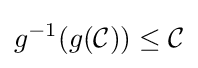
g^{-1}(g({\mathcal {C}}))\leq {\mathcal {C}}